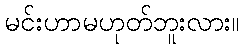
မင်းဟာမဟုတ်ဘူးလား။